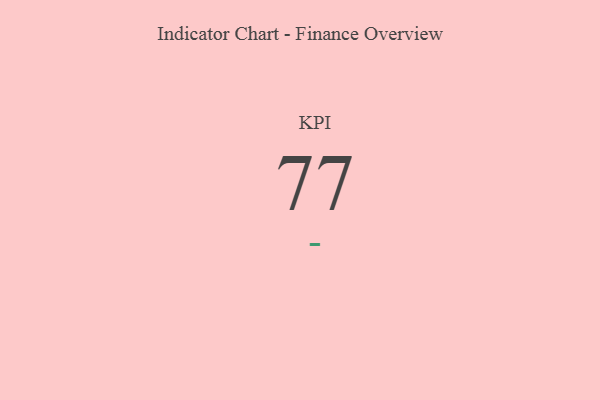
{"axis": {"x": "KPI", "y": "Value"}, "legend": [""], "data": [{"x": "KPI", "y": 77, "type": ""}]}